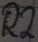
Text: R2